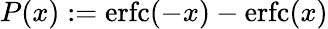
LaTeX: P(x):=\mathrm{erfc}(-x)-\mathrm{erfc}(x)